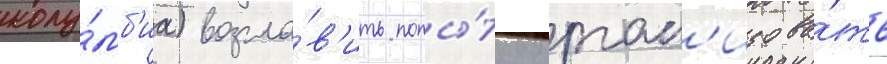
колу́мб'иа) возгла́в'ить попы́тку орган'изова́ть